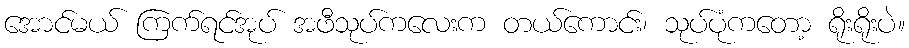
အောင်မယ် ကြက်ရင်အုပ် အဖီသုပ်ကလေးက တယ်ကောင်း၊ သုပ်ပုံကတော့ ရိုးရိုးပဲ။